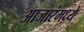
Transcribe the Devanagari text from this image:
आजारंमध्ये